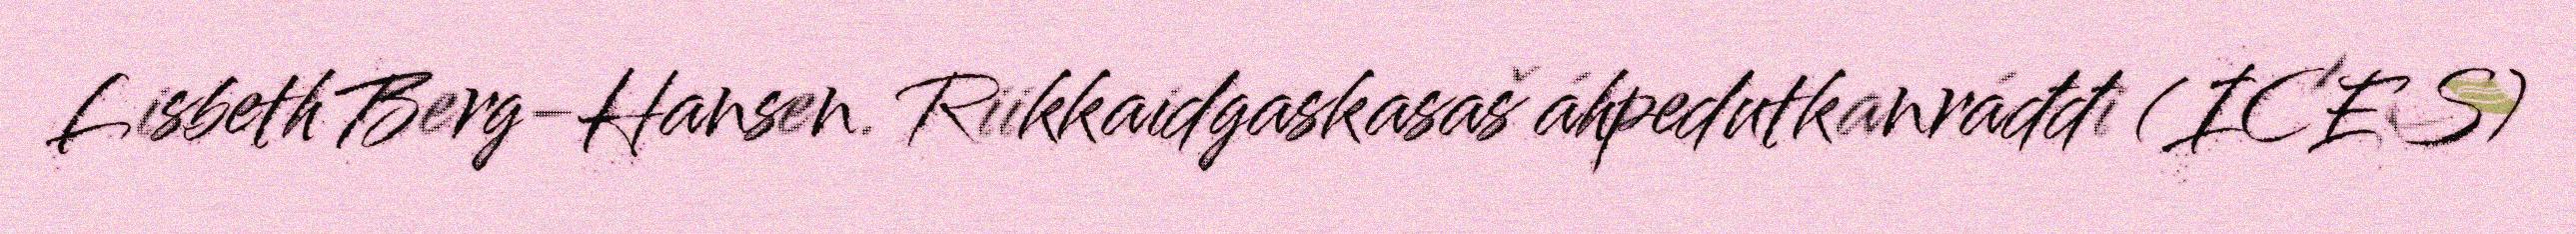
Lisbeth Berg-Hansen. Riikkaidgaskasaš áhpedutkanráđđi (ICES)